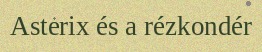
Asterix és a rézkondér